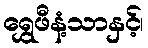
ရွှေဖီနံ့သာနှင့်၊